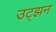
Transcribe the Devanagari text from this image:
उट्झन